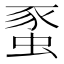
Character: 𧋠